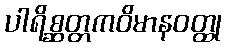
ပါရိစ္ဆတ္တကဝိမာနဝတ္ထု